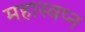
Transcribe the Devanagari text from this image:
महास्‍वप्‍न